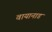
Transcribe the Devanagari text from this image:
वायानाड